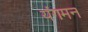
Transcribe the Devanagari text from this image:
यंगमन